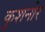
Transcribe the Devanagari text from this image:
कुशनीर